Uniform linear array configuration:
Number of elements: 12
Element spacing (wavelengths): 0.5
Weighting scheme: uniform
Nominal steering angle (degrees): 30
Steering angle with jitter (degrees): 31.019
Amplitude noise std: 0.05
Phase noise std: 0.05

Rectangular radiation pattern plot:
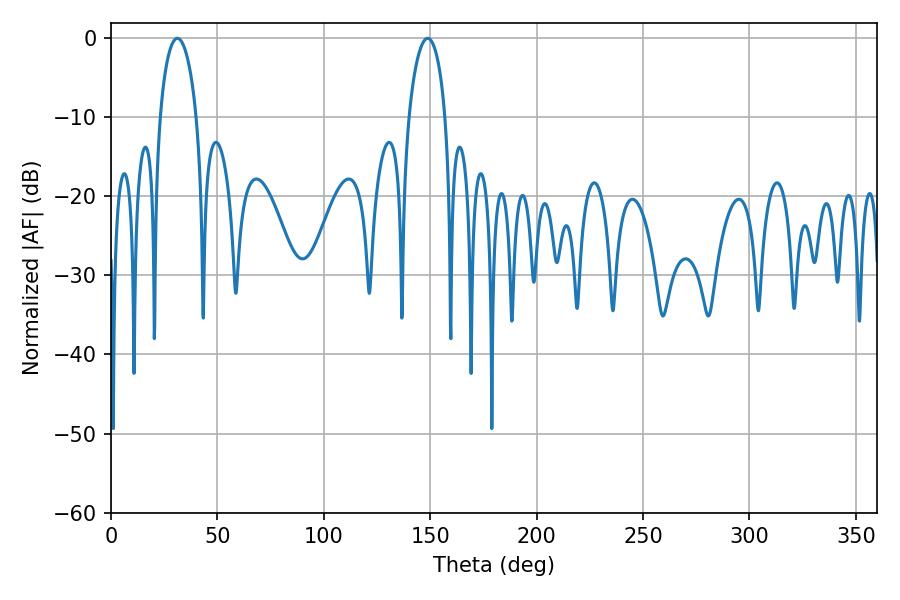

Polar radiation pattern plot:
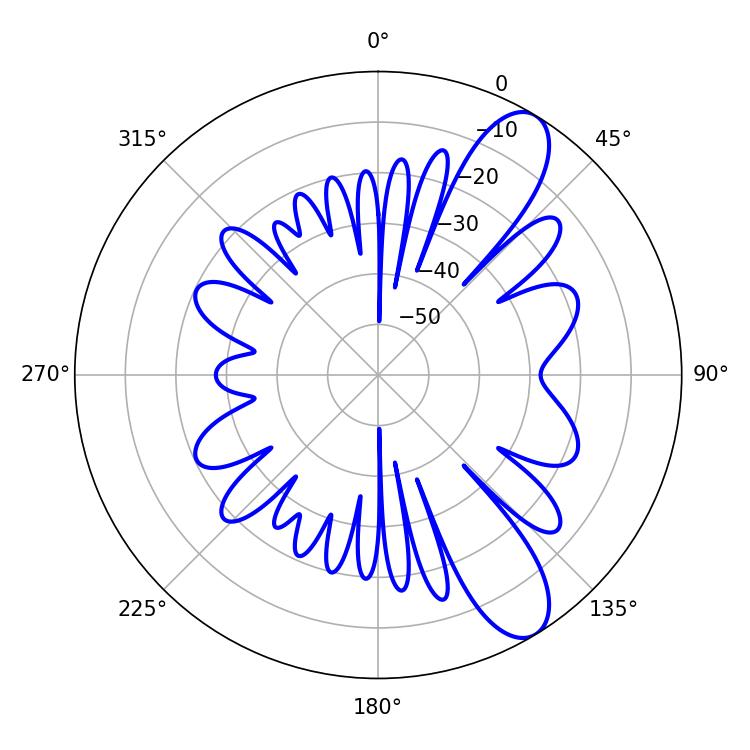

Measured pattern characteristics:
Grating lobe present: FALSE
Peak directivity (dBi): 10.0599
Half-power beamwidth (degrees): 9.72
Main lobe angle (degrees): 31.14